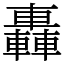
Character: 轟